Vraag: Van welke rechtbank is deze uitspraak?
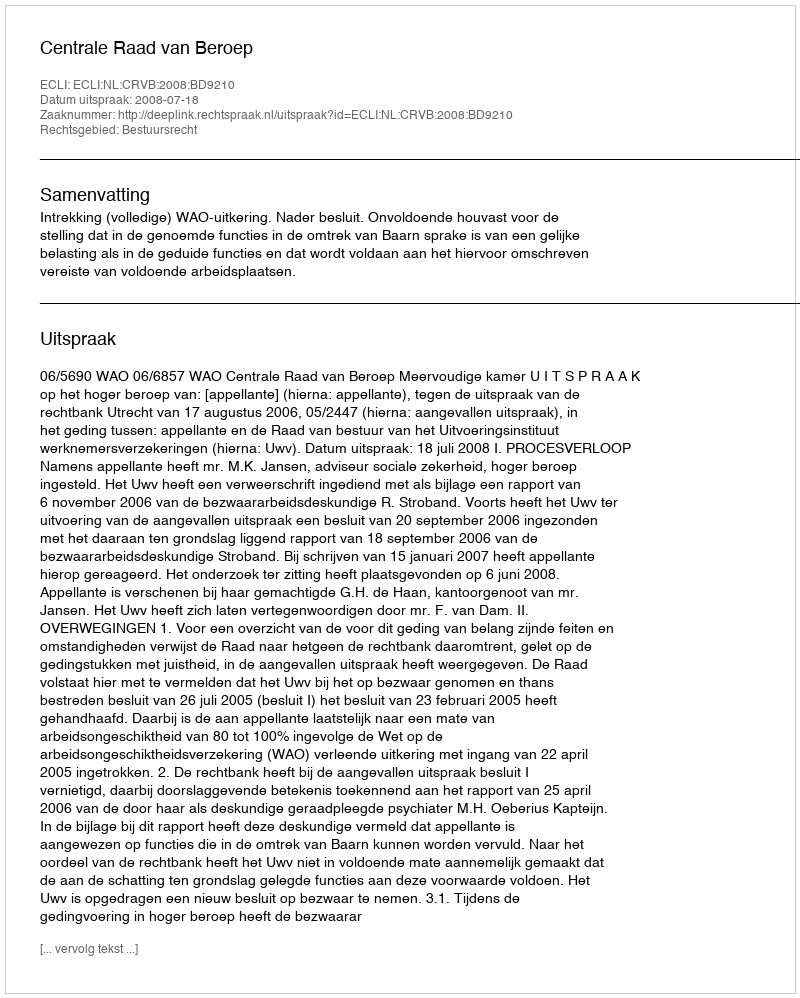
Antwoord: Centrale Raad van Beroep